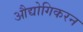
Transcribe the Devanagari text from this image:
औद्योगिकरन